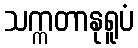
သက္ကတာနုရူပံ